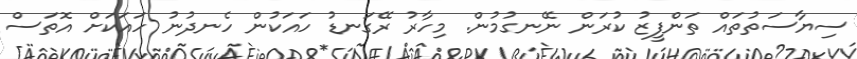
ސިޔާސަތުތައް ތަންފީޒު ކުރަން ނޭނގުމުން. މިހާރު ރޭގަނޑު ހައަކުން ހެނދުނު ހައަކަށް އޮތަސް